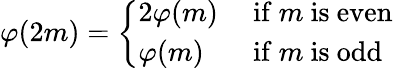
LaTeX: \varphi(2m)={\left\{ \begin{array}{ll}{2\varphi(m)}&{{\mathrm{~if~}}m{\mathrm{~is~even}}}\\ {\varphi(m)}&{{\mathrm{~if~}}m{\mathrm{~is~odd}}}\end{array}\right.}